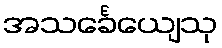
အသင်္ခေယျေသု